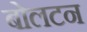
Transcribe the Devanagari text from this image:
बोलटन